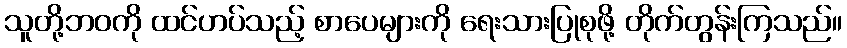
သူတို့ဘဝကို ထင်ဟပ်သည့် စာပေများကို ရေးသားပြုစုဖို့ တိုက်တွန်းကြသည်။